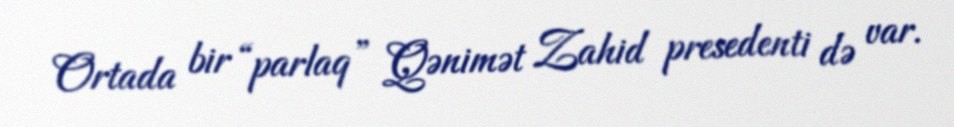
Ortada bir “parlaq” Qənimət Zahid presedenti də var.